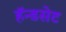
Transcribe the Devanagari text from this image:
हॅन्डसेट